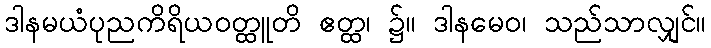
ဒါနမယံပုညကိရိယဝတ္ထူတိ ဧတ္ထ၊ ၌။ ဒါနမေဝ၊ သည်သာလျှင်။